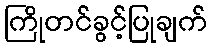
ကြိုတင်ခွင့်ပြုချက်